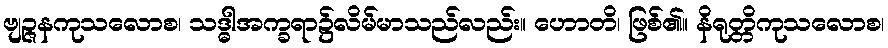
ဗျဉ္ဇနကုသလောစ၊ သဒ္ဓါအက္ခရာ၌လိမ်မာသည်လည်း။ ဟောတိ၊ ဖြစ်၏။ နိရုတ္တိကုသလောစ၊